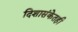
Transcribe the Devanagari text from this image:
दिशासंकेतही